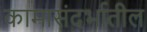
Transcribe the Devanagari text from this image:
कामासंदर्भातील